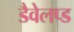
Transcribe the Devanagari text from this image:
डैवेलप्ड